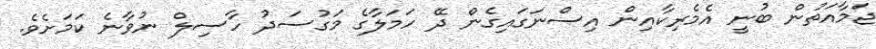
ޖަމާއަތުން ބުނީ އެމެރިކާއިން އިސްނަގައިގެން ދޭ ހަމަލާގެ މަގުސަދު ހާސިލް ނުވާނެ ކަމަށެވެ.